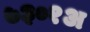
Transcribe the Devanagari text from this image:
७३०१अ